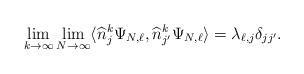
LaTeX: \begin{align*}\lim_{k \to \infty} \lim_{N\to \infty} \langle \widehat n_j ^k \Psi_{N,\ell}, \widehat n_{j'} ^k \Psi_{N,\ell} \rangle = \lambda_{\ell,j} \delta_{jj'} . \end{align*}